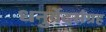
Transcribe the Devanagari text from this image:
धनुर्वेदसंग्रह